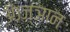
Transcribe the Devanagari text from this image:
ॐज्ञान